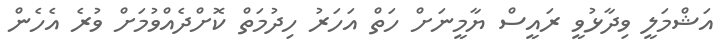
އަޝްމަލީ ވިދާޅުވީ ރައީސް ޔާމީނަށް ހަތް އަހަރު ހިދުމަތް ކޮށްދެއްވުމަށް ވުރެ އެހެން